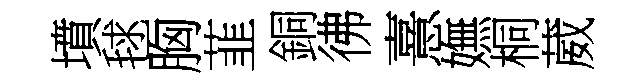
墳毬胸韮銅彿憙嫵桐葳